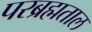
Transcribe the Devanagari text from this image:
परब्रह्मताल